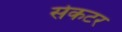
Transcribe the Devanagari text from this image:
सेकटर